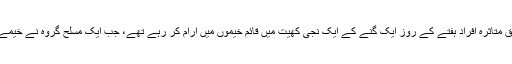
پولیس کے مطابق متاثرہ افراد ہفتے کے روز ایک گنے کے ايک نجی کھیت میں قائم خیموں میں آرام کر رہے تھے، جب ایک مسلح گروہ نے خیمے پر فائرنگ کی۔